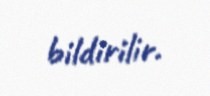
bildirilir.